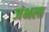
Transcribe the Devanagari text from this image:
जंभला